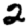
Digit: 2